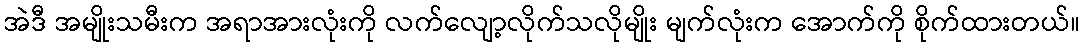
အဲဒီ အမျိုးသမီးက အရာအားလုံးကို လက်လျော့လိုက်သလိုမျိုး မျက်လုံးက အောက်ကို စိုက်ထားတယ်။